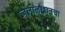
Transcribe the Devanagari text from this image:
जलालखानचा